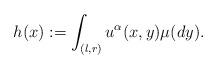
LaTeX: \begin{align*} h(x):=\int_{(l,r)}u^{\alpha}(x,y)\mu(dy). \end{align*}